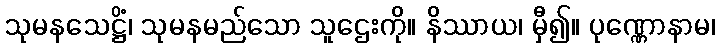
သုမနသေဋ္ဌိံ၊ သုမနမည်သော သူဌေးကို။ နိဿာယ၊ မှီ၍။ ပုဏ္ဏောနာမ၊